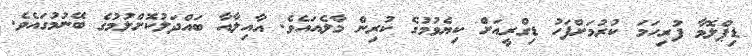
ޑިޕްލޮމާ ފުރިހަމަ ކުރުމަށްފަހު ޑިގްރީއަށް ކިޔެވުމުގެ ކުރިން މާލެއައެވެ. އާއިލާއާ ބައްދަލުކޮށްލުމުގެ ބޭނުމުގައެވެ.